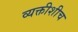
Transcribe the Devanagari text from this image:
व्यक्तीशीच